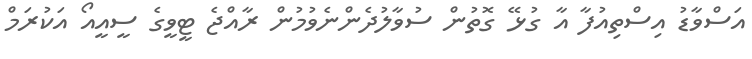
އަސްވާޑު އިސްތިއުފާ އާ ގުޅޭ ގޮތުން ސުވާލުދެންނެވުމުން ރާއްޖެ ޓީވީގެ ސީއީއޯ އަކުރަމް